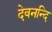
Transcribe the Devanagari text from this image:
देवनन्दि